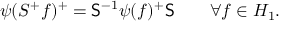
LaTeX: \psi ( S ^ { + } f ) ^ { + } = { \sf { S } } ^ { - 1 } \psi ( f ) ^ { + } { \sf { S } } \quad \quad \forall f \in { \cal { H } } _ { 1 } .